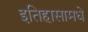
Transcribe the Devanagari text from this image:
इतिहासामधे